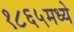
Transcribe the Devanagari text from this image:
१८६५मध्ये